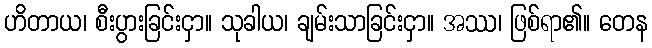
ဟိတာယ၊ စီးပွားခြင်းငှာ။ သုခါယ၊ ချမ်းသာခြင်းငှာ။ အဿ၊ ဖြစ်ရာ၏။ တေန